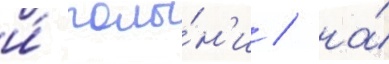
и́ полы́н'и / на́